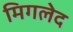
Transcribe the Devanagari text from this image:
मिगलेद